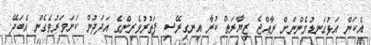
އެކަން އަޅުގަނޑުމެންނަށް ރާއްޖެ ޒިޔާރަތް ކުރާ އިނގިރޭސި ފަތުރުވެރިންގެ އަދަދުން ކަށަވަރުވެގެން އެބަދޭ.